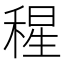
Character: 𥠀